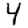
Digit: 4